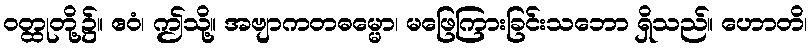
ဝတ္ထုတို့၌။ ဧဝံ၊ ဤသို့။ အဗျာကတဓမ္မော၊ မဖြေကြားခြင်းသဘော ရှိသည်။ ဟောတိ၊